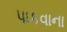
પાકવાના